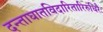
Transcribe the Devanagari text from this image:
दन्ताघातविदारितारिरुधिरैः